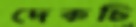
দেকচি